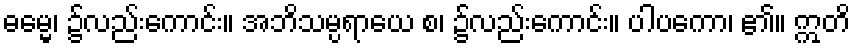
ဓမ္မေ၊ ၌လည်းကောင်း။ အဘိသမ္ပရာယေ စ၊ ၌လည်းကောင်း။ ပါပကော၊ ၏။ ဣတိ